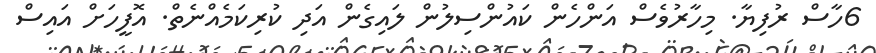
6ހާސް ރުފިޔާ. މިހާރުވެސް އަންހެން ކައުންސިލުން ލައިގެން އަދި ކުރިކަމެއްނެތް. އޮފީހަށް އައިސް